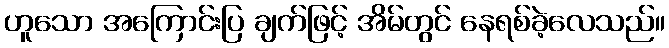
ဟူသော အကြောင်းပြ ချက်ဖြင့် အိမ်တွင် နေရစ်ခဲ့လေသည်။